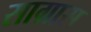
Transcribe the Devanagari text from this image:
साग्रास